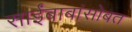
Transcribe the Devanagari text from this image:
साईंबाबांसोबत